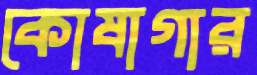
কোষাগার